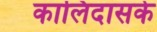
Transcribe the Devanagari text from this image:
कालिदासके